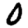
Digit: 0